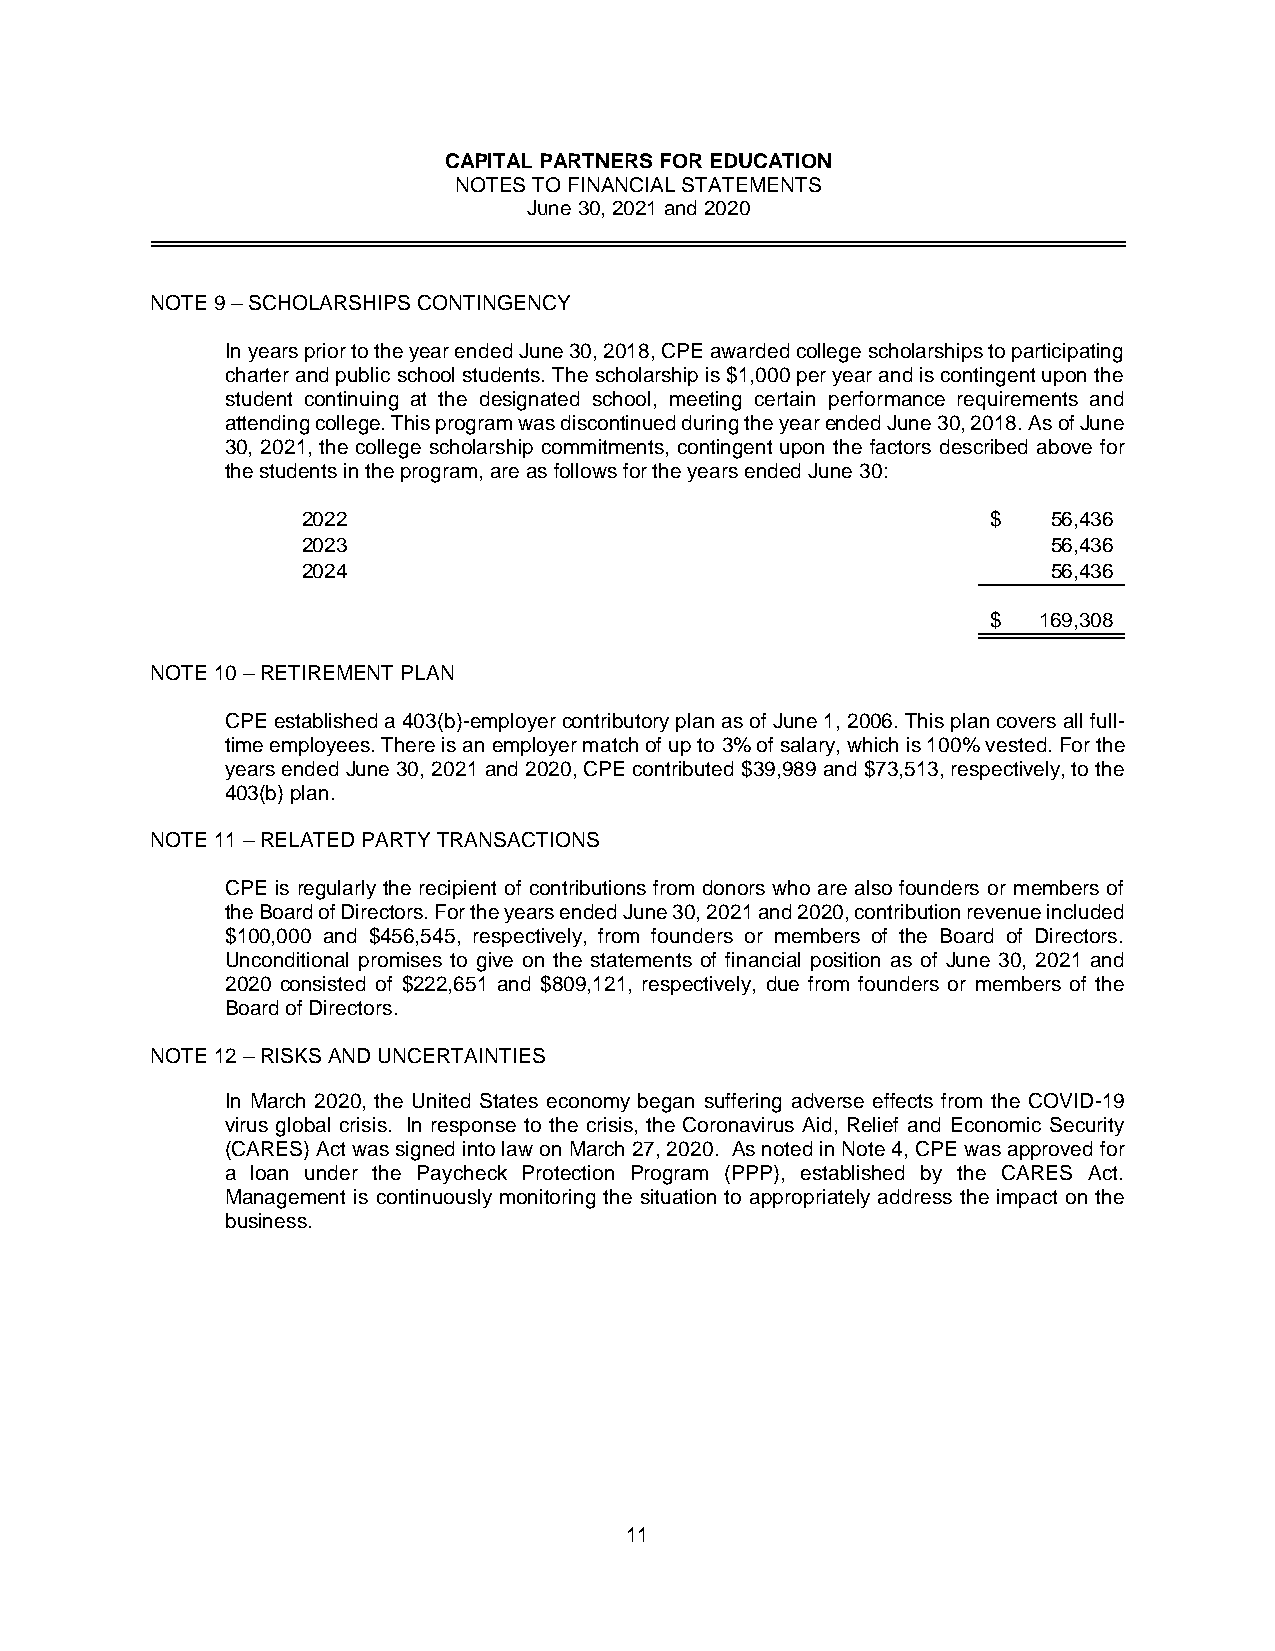
CAPITAL PARTNERS FOR EDUCATION
 NOTES TO FINANCIAL STATEMENTS
 June 30, 2021 and 2020
 NOTE 9 – SCHOLARSHIPS CONTINGENCY
 In years prior to the year ended June 30, 2018, CPE awarded college scholarships to participating
 charter and public school students. The scholarship is $1,000 per year and is contingent upon the
 student continuing at the designated school, meeting certain performance requirements and
 attending college. This program was discontinued during the year ended June 30, 2018. As of June
 30, 2021, the college scholarship commitments, contingent upon the factors described above for
 the students in the program, are as follows for the years ended June 30:
 2022                                          $   56,436
 2023                                              56,436
 2024                                              56,436
 $  169,308
 NOTE 10 – RETIREMENT PLAN
 CPE established a 403(b)-employer contributory plan as of June 1, 2006. This plan covers all full-
 time employees. There is an employer match of up to 3% of salary, which is 100% vested. For the
 years ended June 30, 2021 and 2020, CPE contributed $39,989 and $73,513, respectively, to the
 403(b) plan.
 NOTE 11 – RELATED PARTY TRANSACTIONS
 CPE is regularly the recipient of contributions from donors who are also founders or members of
 the Board of Directors. For the years ended June 30, 2021 and 2020, contribution revenue included
 $100,000 and $456,545, respectively, from founders or members of the Board of Directors.
 Unconditional promises to give on the statements of financial position as of June 30, 2021 and
 2020 consisted of $222,651 and $809,121, respectively, due from founders or members of the
 Board of Directors.
 NOTE 12 – RISKS AND UNCERTAINTIES
 In March 2020, the United States economy began suffering adverse effects from the COVID-19
 virus global crisis. In response to the crisis, the Coronavirus Aid, Relief and Economic Security
 (CARES) Act was signed into law on March 27, 2020. As noted in Note 4, CPE was approved for
 a loan under the Paycheck Protection Program (PPP), established by the CARES Act.
 Management is continuously monitoring the situation to appropriately address the impact on the
 business.
 11